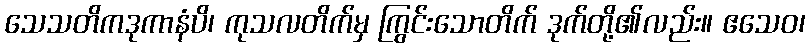
သေသတိကဒုကာနံပိ၊ ကုသလတိက်မှ ကြွင်းသောတိက် ဒုက်တို့၏လည်း။ ဧသေဝ၊